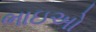
ભાઇઅો